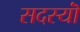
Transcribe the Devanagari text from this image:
सदस्यॊं